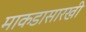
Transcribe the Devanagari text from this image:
माकडासारखी